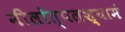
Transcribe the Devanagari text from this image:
नीलोत्पलश्यामं